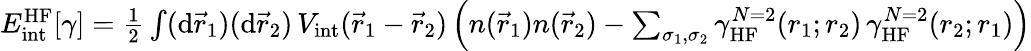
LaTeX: \begin{array}{r}{E_{\mathrm{int}}^{\mathrm{HF}}[\gamma]=\frac 12\int(\mathrm{d}\vec{r}_{1})(\mathrm{d}\vec{r}_{2})\, V_{\mathrm{int}}(\vec{r}_{1}-\vec{r}_{2})\left(n(\vec{r}_{1})n(\vec{r}_{2})-\sum_{\sigma_{1},\sigma_{2}}\gamma_{\mathrm{HF}}^{N=2}(r_{1};r_{2})\, \gamma_{\mathrm{HF}}^{N=2}(r_{2};r_{1})\right)}\end{array}